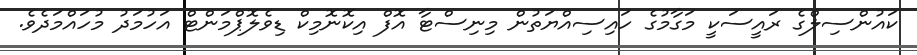
ކައުންސިލްގެ ރައީސަކީ މަގާމުގެ ހައިސިއްޔަތުން މިނިސްޓާ އޮފް އިކޮނޮމިކް ޑިވެލޮޕްމަންޓް އަހުމަދު މުހައްމަދެވެ.